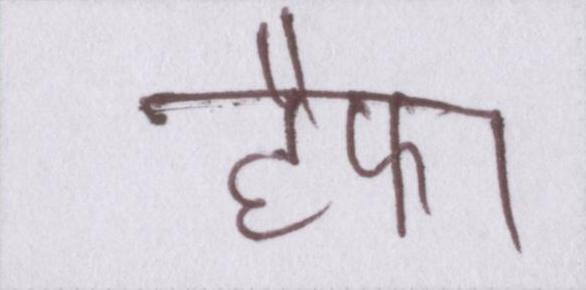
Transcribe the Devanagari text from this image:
हैफा